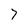
Character: 7